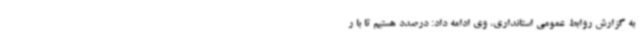
به گزارش روابط عمومی استانداری، وی ادامه داد: درصدد هستیم تا با ر